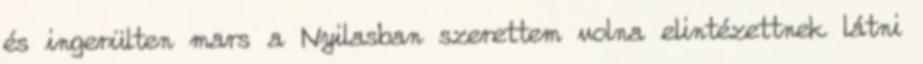
és ingerülten mars a Nyilasban szerettem volna elintézettnek látni